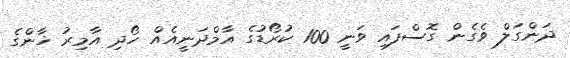
ދަންގަލް ވެގެން ގޮސްފައި ވަނީ 100 ކުރޯޑުގެ އާމްދަނީއެއް ހޯދި އާމިރު ޚާންގެ